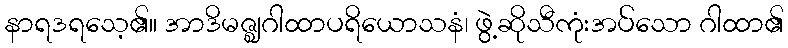
နာရဒရသေ့၏။ အာဒိမဇ္ဈဂါထာပရိယောသနံ၊ ဖွဲ့ဆိုသီကုံးအပ်သော ဂါထာ၏